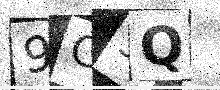
Text: 9C5Q